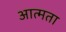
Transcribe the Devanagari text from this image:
आत्मता